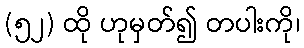
(၅၂) ထို ဟုမှတ်၍ တပါးကို၊